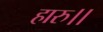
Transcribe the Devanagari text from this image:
हारु।।